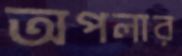
অপলার